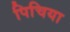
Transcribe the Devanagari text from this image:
पिचिया